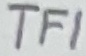
Text: TF1